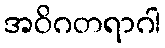
အဝိဂတရာဂါ